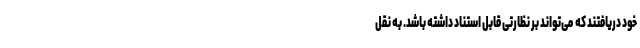
خود دریافتند که ‌ می‌تواند بر نظارتی قابل استناد داشته باشد. به نقل